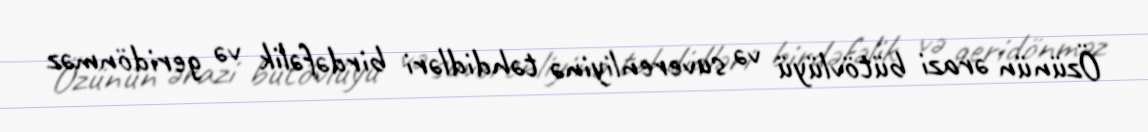
Özünün ərazi bütövlüyü və suverenliyinə təhdidləri birdəfəlik və geridönməz